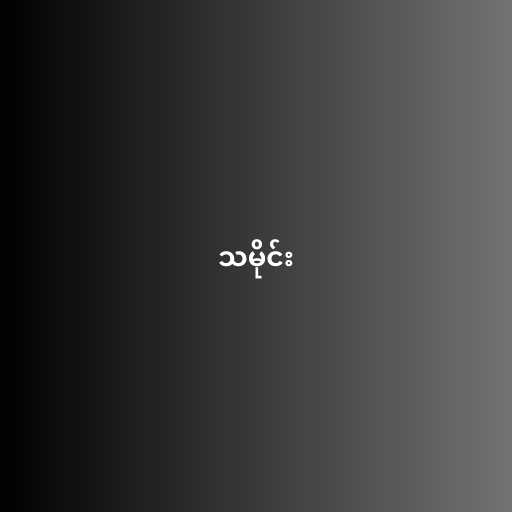
သမိုင်း